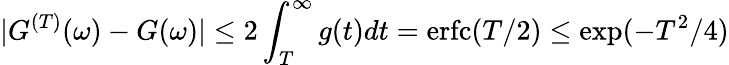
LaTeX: |{G}^{(T)}(\omega)-{G}(\omega)|\leq 2\int_{T}^{\infty}g(t)dt=\mathrm{erfc}(T/2)\leq\exp(-T^{2}/4)